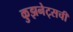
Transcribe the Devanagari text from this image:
कुझनेट्सची